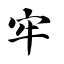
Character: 牢